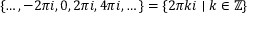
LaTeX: \{ \dots , - 2 \pi i , 0 , 2 \pi i , 4 \pi i , \dots \} = \{ 2 \pi k i \mid k \in \mathbb { Z } \}